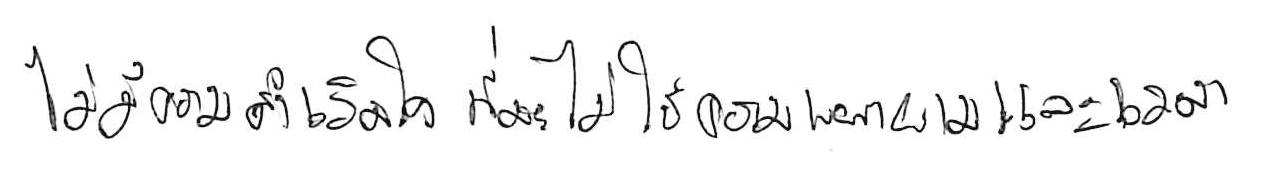
ไม่มีความสำเร็จใด ที่จะไม่ใช้ความพยายามและเวลา